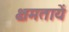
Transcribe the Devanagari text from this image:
क्षमतायें